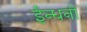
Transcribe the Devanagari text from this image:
ईन्धनों